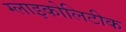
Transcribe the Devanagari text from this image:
ग्लाइकोलिटीक